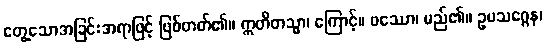
တွေ့သောအခြင်းအရာဖြင့် ဖြစ်တတ်၏။ ဣတိတသ္မာ၊ ကြောင့်။ ဖဿော၊ မည်၏။ ဥပသဂ္ဂေန၊